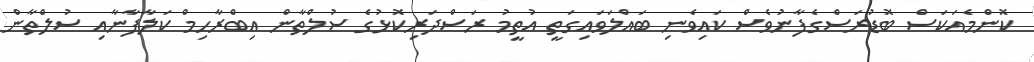
ކޮންމެއަކަސް ބޮޑުރަސްގެފާނުވެސް ކައިވެނި ބައްލަވައިގަތީ އުތީމު ރަސްދަރިކޮޅުގެ ސުލްތާން އިބްރާހިމް ކަލާފާނާއި ސުލްތާން